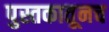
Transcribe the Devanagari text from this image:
पुस्तकातूनच